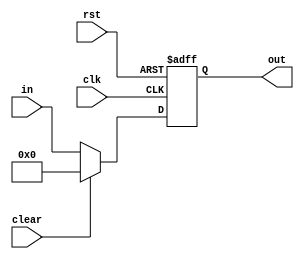
`timescale 1ns / 1ps

// a d-flop with clear signal

module flop_clear #(parameter WIDTH = 8)(
	input wire clk,rst,clear,
	input wire[WIDTH-1:0] in,
	output reg[WIDTH-1:0] out
    );

	always @(posedge clk or posedge rst) begin
		if(rst) begin
			out <= 0;
		end else if (clear)begin
			out <= 0;
		end else begin 
			out <= in;
		end
	end
endmodule